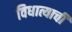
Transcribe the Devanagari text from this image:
विधात्याची